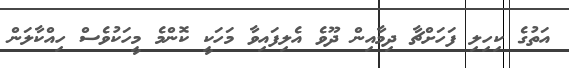
އަތުގެ ކިހިލި ފަހަށްޗާ ދިމާއިން ދޫވެ އެލިފައިވާ މަހަކީ ކޮންމެ މީހަކުވެސް ހިއްކާލަން